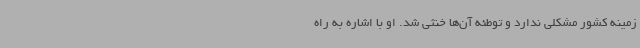
زمینه کشور مشکلی ندارد و توطئه آن‌ها خنثی شد. او با اشاره به راه‌